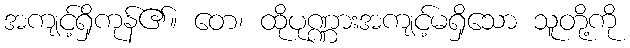
အကျင့်ရှိကုန်၏။ တေ၊ ထိုပုဏ္ဏားအကျင့်မရှိသော သူတို့ကို